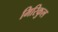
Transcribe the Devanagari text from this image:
मिरिकुल